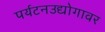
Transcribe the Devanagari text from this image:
पर्यटनउद्योगावर